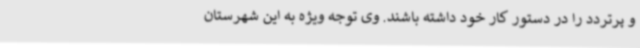
و پرتردد را در دستور کار خود داشته باشند. وی توجه ویژه به این شهرستان